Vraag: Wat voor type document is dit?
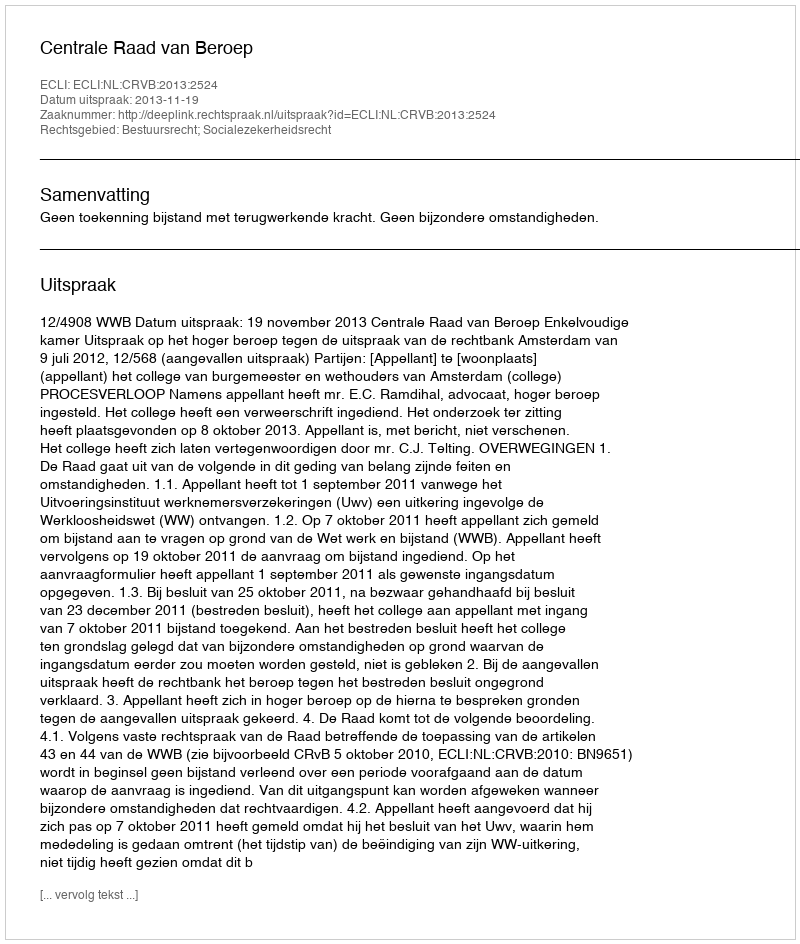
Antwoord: Uitspraak